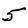
Digit: 5